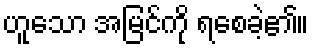
ဟူသော အမြင်ကို ရစေခဲ့၏။